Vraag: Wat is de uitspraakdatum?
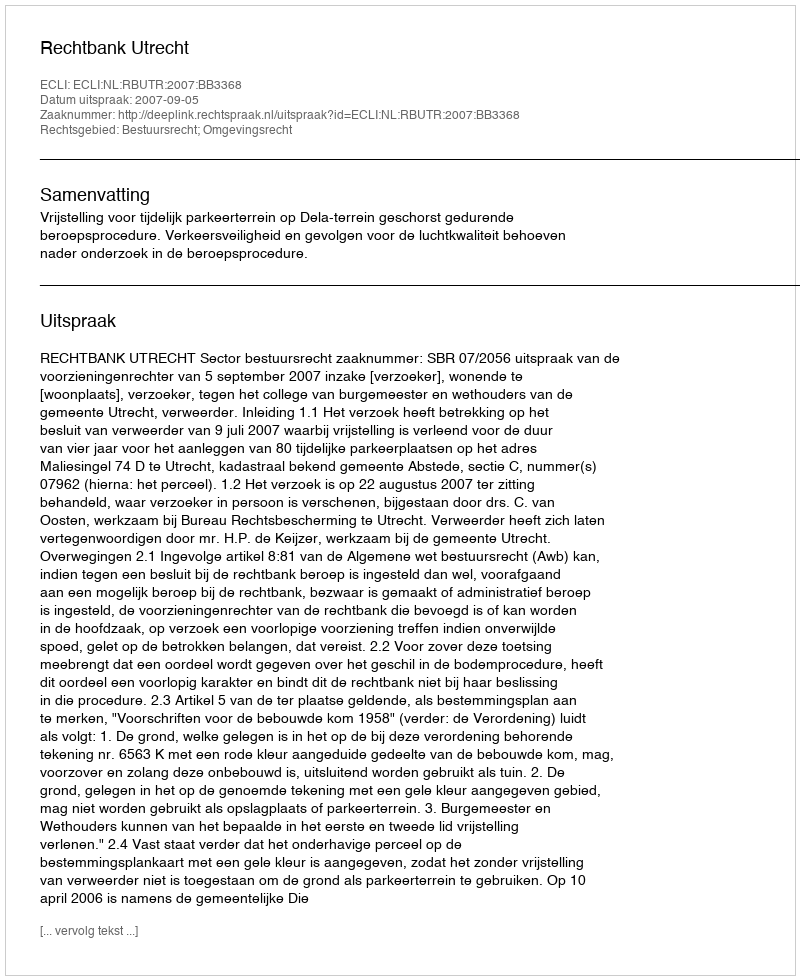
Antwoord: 2007-09-05